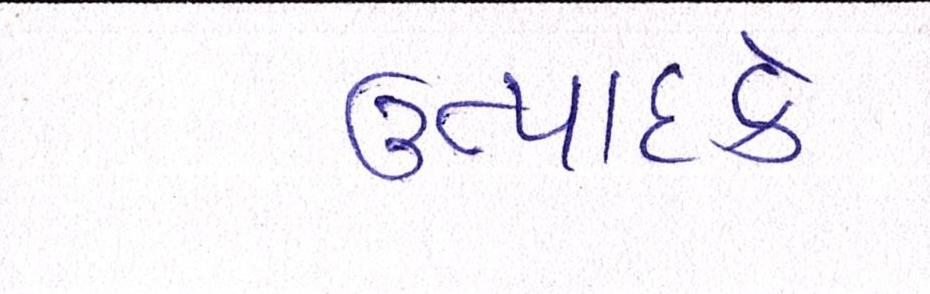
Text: ઉત્પાદકે